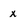
Character: x